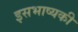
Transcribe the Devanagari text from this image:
इसभाष्यकी